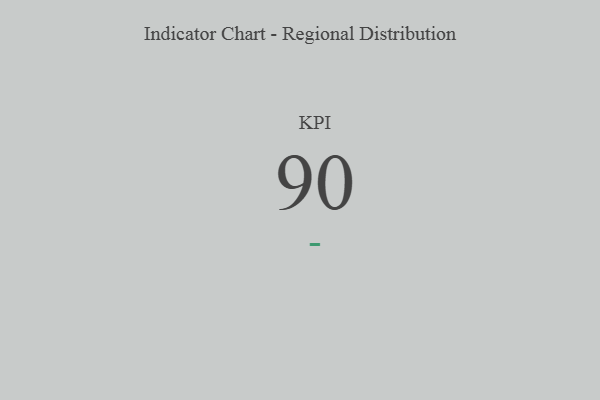
{"axis": {"x": "KPI", "y": "Value"}, "legend": [""], "data": [{"x": "KPI", "y": 90, "type": ""}]}